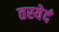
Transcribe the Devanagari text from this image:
तस्येदं